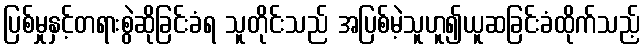
ပြစ်မှုနှင့်တရားစွဲဆိုခြင်းခံရ သူတိုင်းသည် အပြစ်မဲ့သူဟူ၍ယူဆခြင်းခံထိုက်သည့်